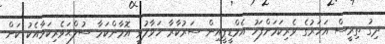
ދިގު ތިރީސް އަހަރުގެ ވެރިކަމަށްފަހު އެމްޑީޕީއިން ސަރުކާރާ ހަވާލުވީ އޮމާންކަމާ ސުލްޙަވެރިކަމާއެކު ކަން